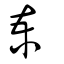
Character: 柬